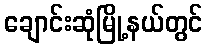
ချောင်းဆုံမြို့နယ်တွင်